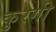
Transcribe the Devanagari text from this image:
कुरगी